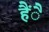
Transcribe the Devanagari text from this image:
हैंै